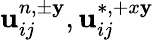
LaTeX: \mathbf{u}_{ij}^{n,\pm\mathbf{y}},\mathbf{u}_{ij}^{\ast,+x\mathbf{y}}